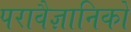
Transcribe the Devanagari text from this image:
परावैज्ञानिकों